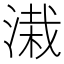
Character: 溨